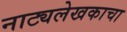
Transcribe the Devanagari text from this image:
नाट्यलेखकाचा